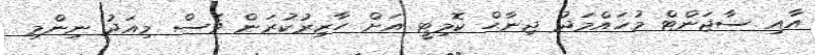
އާއި ސާޖަންޓް މުހައްމަދު ޖިނާޙް ކޮމިޓީ އަށް ހާޒިރުކުރަން ވެސް މިއަދު ނިންމި